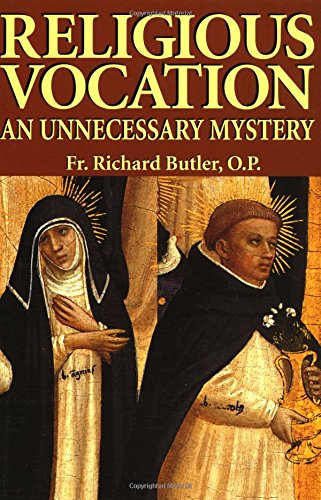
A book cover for Religious Vocation: An Unnecessary Mystery; Rev. Fr. Richard Butler O.P.; Christian Books & Bibles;